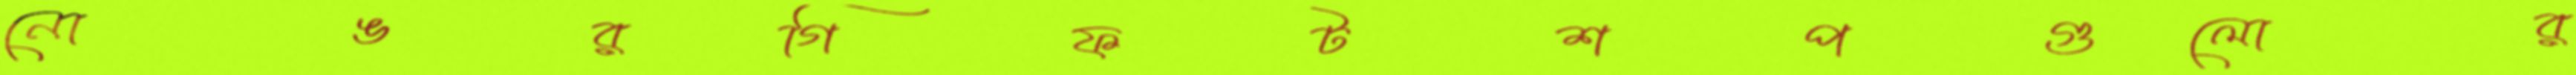
নোঙরগিফটশপগুলোর